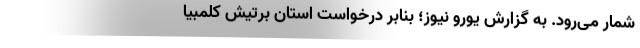
شمار می‌رود. به گزارش یورو نیوز؛ بنابر درخواست استان برتیش کلمبیا